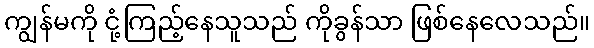
ကျွန်မကို ငုံ့ကြည့်နေသူသည် ကိုခွန်သာ ဖြစ်နေလေသည်။